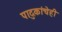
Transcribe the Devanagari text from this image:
पादुकांचेही